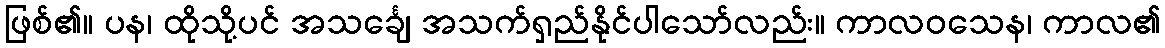
ဖြစ်၏။ ပန၊ ထိုသို့ပင် အသင်္ချေ အသက်ရှည်နိုင်ပါသော်လည်း။ ကာလဝသေန၊ ကာလ၏